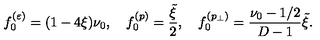
f _ { 0 } ^ { ( \varepsilon ) } = ( 1 - 4 \xi ) \nu _ { 0 } , \quad f _ { 0 } ^ { ( p ) } = \frac { \tilde { \xi } } { 2 } , \quad f _ { 0 } ^ { ( p _ { \perp } ) } = \frac { \nu _ { 0 } - 1 / 2 } { D - 1 } \tilde { \xi } .